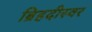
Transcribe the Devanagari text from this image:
ब्रिहदीस्वर